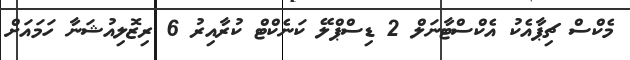
މެކްސް ޗިޕާއެކު އެކްސްޓާނަލް 2 ޑިސްޕްލޭ ކަނެކްޓް ކުރާއިރު 6 ރިޒޮލިއުޝަނާ ހަމައަށް